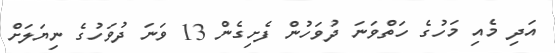
އަދި މެއި މަހުގެ ހަތްވަނަ ދުވަހުން ފެށިގެން 13 ވަނަ ދުވަހުގެ ނިޔަލަށް